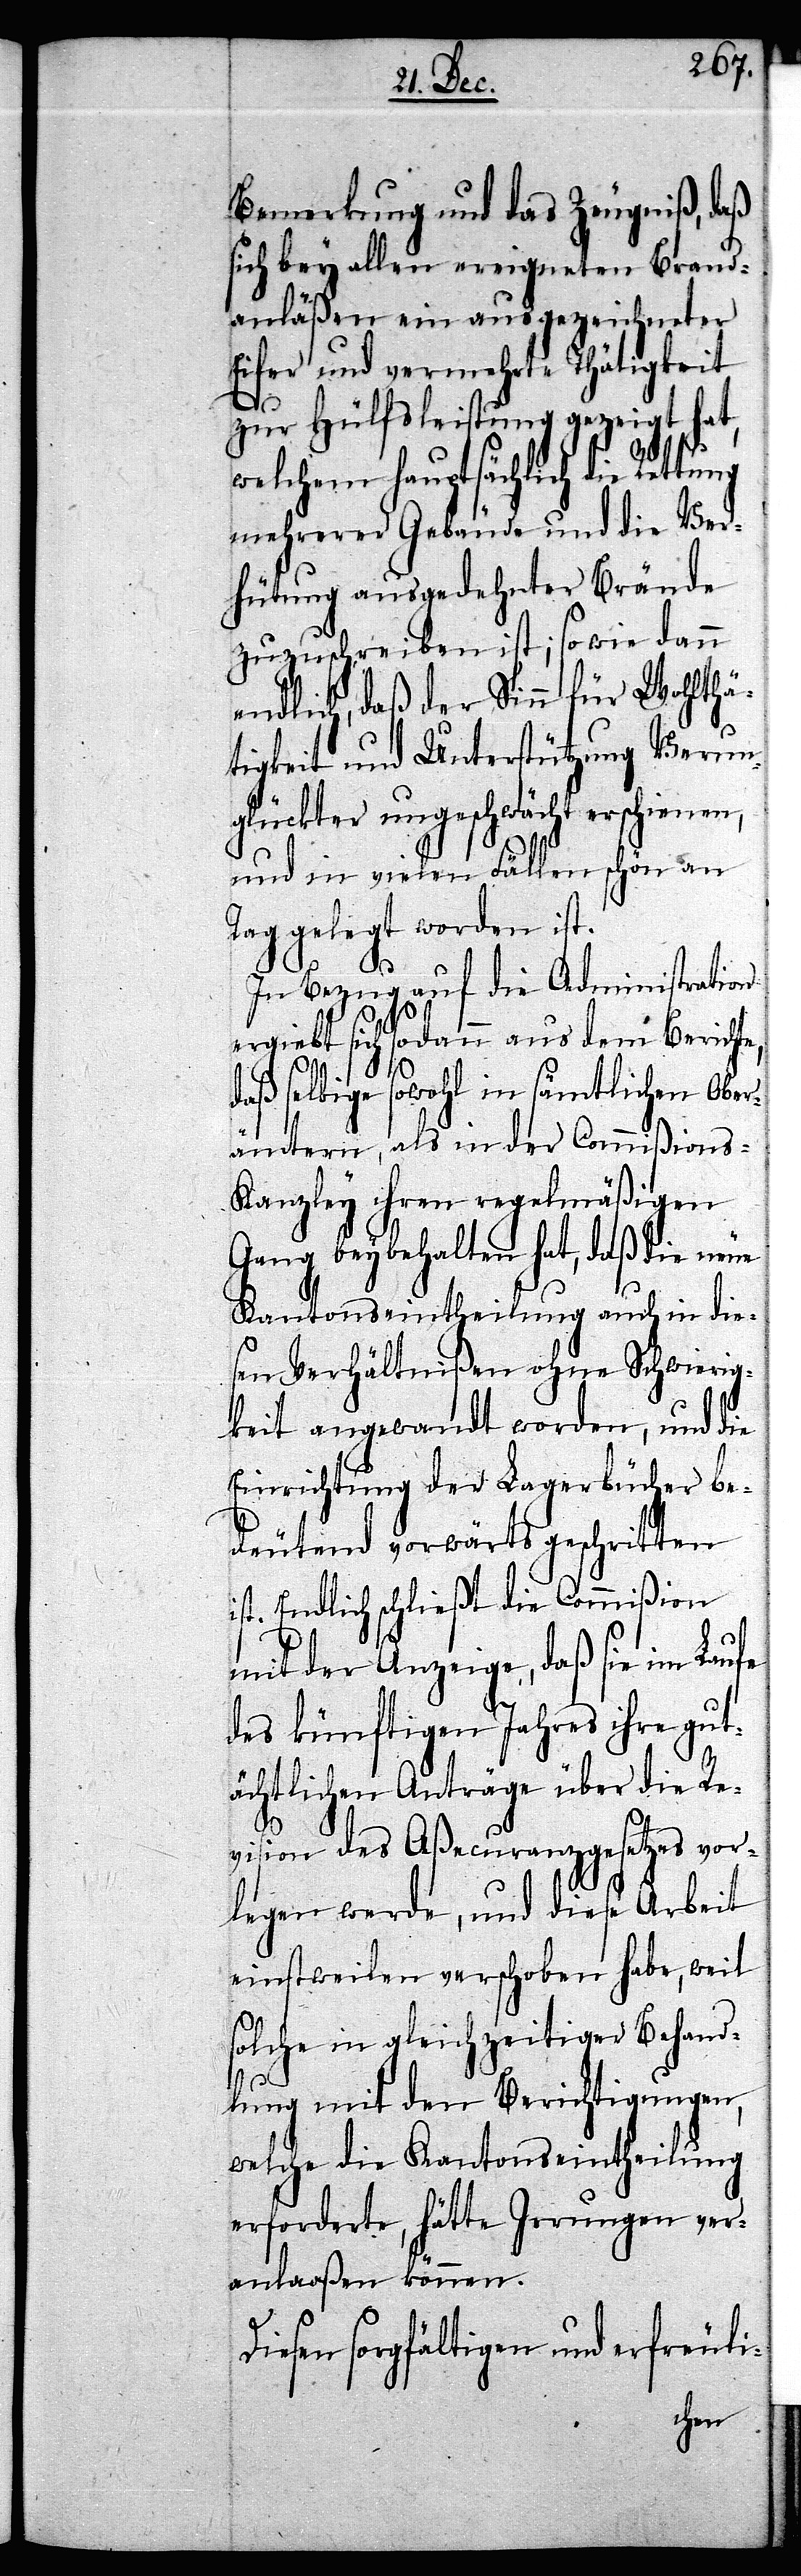
Bemerkung und das Zeugniß, daß
sich bey allen ereigneten Brand¬
anläßen ein ausgezeichneter
Eifer und vermehrte Thätigkeit
zur Hülfsleistung gezeigt hat,
welchem hauptsächlich die Rettung
mehrerer Gebäude und die Ver¬
hütung ausgedehnter Brände
zuzuschreiben ist; so wie dann
endlich, daß der Sinn für Wohlthä¬
tigkeit und Unterstützung Verun¬
glückter ungeschwächt erschienen,
und in vielen Fällen schön an
Tag gelegt worden ist.
In Bezug auf die Administration
ergiebt sich sodann aus dem Berichte,
daß selbige sowohl in sämtlichen Ober¬
ämtern, als in der Commißions-K¬
anzley ihren regelmäßigen
Gang beybehalten hat, daß die neue
Kantonseintheilung auch in die¬
sen Verhältnißen ohne Schwierig¬
keit angewandt worden, und die
Errichtung der Lagerbücher be¬
deutend vorwärts geschritten
ist. Endlich schließt die Commißion
mit der Anzeige, daß sie im Laufe
des künftigen Jahres ihre gut¬
ächtlichen Anträge über die Re¬
vision des Aßecurranzgesetzes vor¬
legen werde, und diese Arbeit
einstweilen verschoben habe, weil
solche in gleichzeitiger Behand¬
lung mit den Berichtigungen,
welche die Kantonseintheilung
erforderte, hätte Irrungen ver¬
anlaaßen können.
Diesen sorgfältigen und erfreuli-